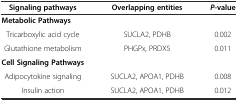
<table><thead><tr><td><b>Signaling pathways</b></td><td><b>Overlapping entities</b></td><td><b><i>P</i>-value</b></td></tr></thead><tbody><tr><td><b>Metabolic Pathways</b></td><td></td><td></td></tr><tr><td>Tricarboxylic acid cycle</td><td>SUCLA2, PDHB</td><td>0.002</td></tr><tr><td>Glutathione metabolism</td><td>PHGPx, PRDX5</td><td>0.011</td></tr><tr><td><b>Cell Signaling Pathways</b></td><td></td><td></td></tr><tr><td>Adipocytokine signaling</td><td>SUCLA2, APOA1, PDHB</td><td>0.008</td></tr><tr><td>Insulin action</td><td>SUCLA2, APOA1, PDHB</td><td>0.012</td></tr></tbody></table>